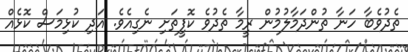
ތެދުވެބާ ހަނާ ތުންދަމާލުމުން ރީމާ ތެދުވެ ކޮފީތަށި ނެގިއެވެ. އަދި ކުޅިމަސް ކޮޅެއް